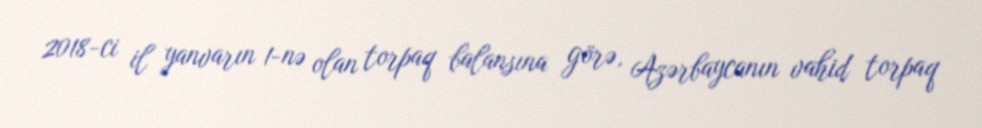
2018-ci il yanvarın 1-nə olan torpaq balansına görə, Azərbaycanın vahid torpaq